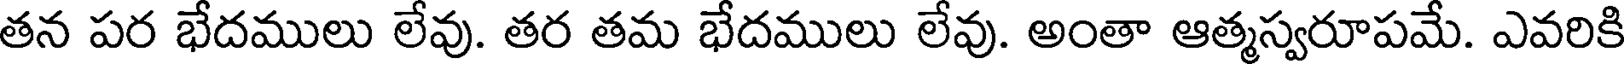
తన పర భేదములు లేవు. తర తమ భేదములు లేవు. అంతా ఆత్మస్వరూపమే. ఎవరికి